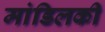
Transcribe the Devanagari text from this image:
मांडिलकी